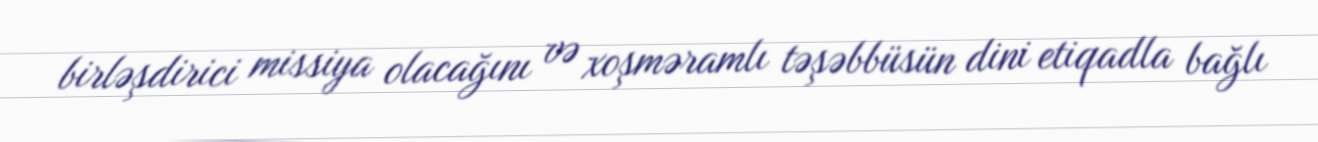
birləşdirici missiya olacağını və xoşməramlı təşəbbüsün dini etiqadla bağlı